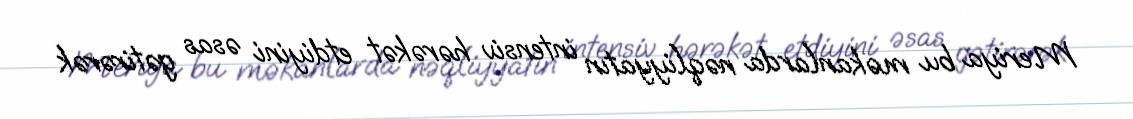
Meriya bu məkanlarda nəqliyyatın intensiv hərəkət etdiyini əsas gətirərək